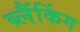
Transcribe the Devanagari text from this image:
ब्लैंकिंग